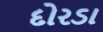
દોરડા